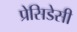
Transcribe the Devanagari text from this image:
प्रेसिडेसी